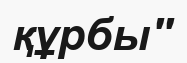
құрбы''